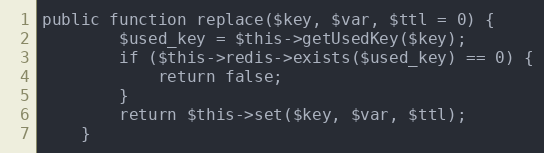
Language: PHP
public function replace($key, $var, $ttl = 0) {
        $used_key = $this->getUsedKey($key);
        if ($this->redis->exists($used_key) == 0) {
            return false;
        }
        return $this->set($key, $var, $ttl);
    }